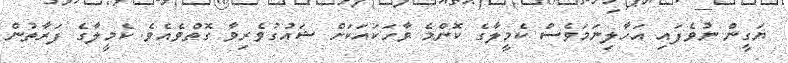
ޔަގީން ނުވެފައި އަހާލިނަމަވެސް ކެމީލާގެ ކޮންމެ ވާހަކައަކަށް ޝައުގުވެރިވާ ގޮތްވެއެވެ. ކެމީލާގެ ފަރާތުން